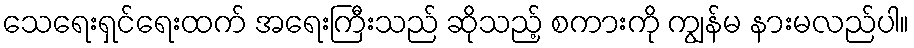
သေရေးရှင်ရေးထက် အရေးကြီးသည် ဆိုသည့် စကားကို ကျွန်မ နားမလည်ပါ။